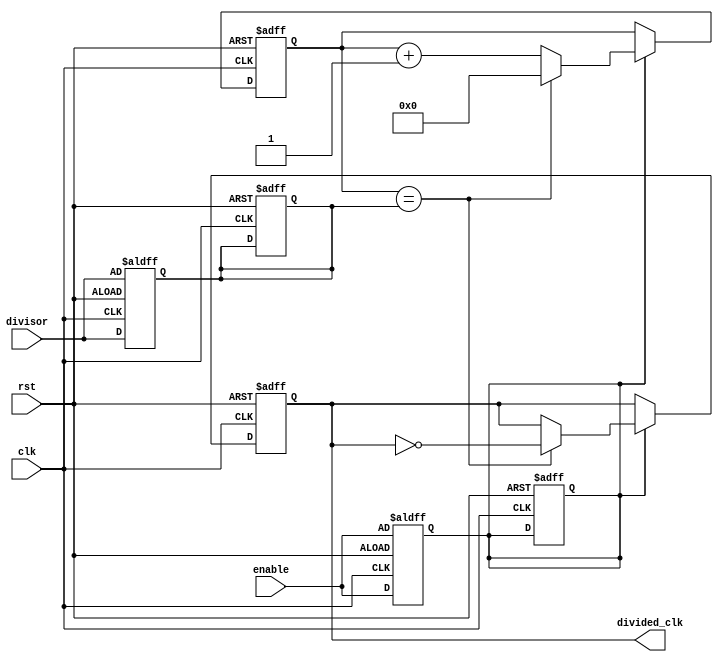
module clock_divider (
    input wire clk,
    input wire rst,
    input wire enable,
    input wire [7:0] divisor,
    output wire divided_clk
);

reg [31:0] counter;
reg [7:0] divisor_reg;
reg enable_reg;
reg divided_clk_reg;

always @ (posedge clk or posedge rst) begin
    if (rst == 1'b1) begin
        counter <= 32'b0;
        divisor_reg <= 8'b0;
        enable_reg <= 1'b0;
        divided_clk_reg <= 1'b0;
    end else begin
        if (enable_reg == 1'b1) begin
            counter <= counter + 1;
            if (counter == divisor_reg) begin
                counter <= 32'b0;
                divided_clk_reg <= ~divided_clk_reg;
            end
        end
    end
end

always @ (posedge clk or posedge rst) begin
    if (rst == 1'b1) begin
        divisor_reg <= divisor;
        enable_reg <= enable;
    end else begin
        divisor_reg <= divisor;
        enable_reg <= enable;
    end
end

assign divided_clk = divided_clk_reg;

endmodule